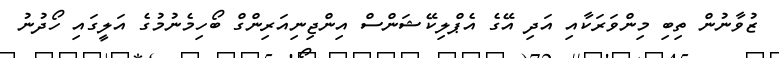
ޒުވާނުން ތިބި މިންވަރަކާއި އަދި އޭގެ އެޕްލިކޭޝަންސް އިންޖިނިއަރިންގް ބޯހިމެނުމުގެ އަލީގައި ހޯދުނު